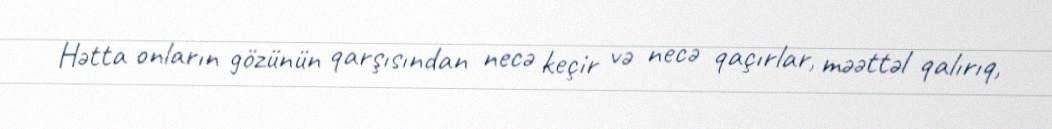
Hətta onların gözünün qarşısından necə keçir və necə qaçırlar, məəttəl qalırıq,